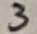
Text: 3